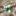
إذا